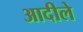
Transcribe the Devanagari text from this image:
आदीले